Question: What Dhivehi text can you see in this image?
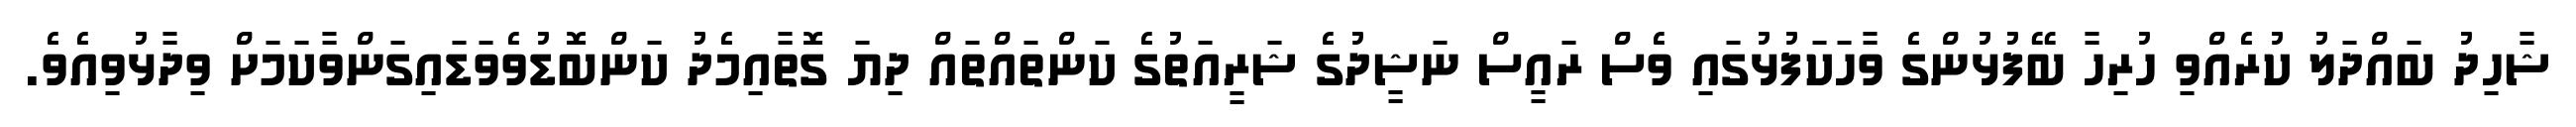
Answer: ޝާހިދު ބައްދަލު ކުރެއްވި ހުރިހާ ބޭފުޅުންގެ ވާހަކަފުޅުގައި ވެސް ރައީސް ނަޝީދުގެ ޝަރީއަތުގެ ކަންތައްތައް ދިޔަ ގޮތާއިމެދު ކަންބޮޑުވެވަޑައިގަންވާކަމަށް ވިދާޅުވިއެވެ.